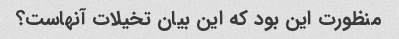
منظورت این بود که این بیان تخیلات آنهاست؟